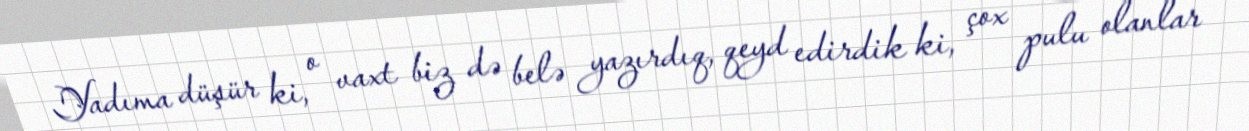
Yadıma düşür ki, o vaxt biz də belə yazırdıq, qeyd edirdik ki, çox pulu olanlar